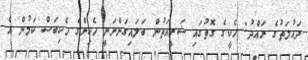
ދައުލަތުގެ ރައްދު: ހެކީގެ ގޮތުގައި ޝަރީއަތުން ބަލައިގަންނަނީ ހެކިންގެ ހެކިބަސް ކަމުން އެ